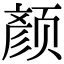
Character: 颜